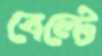
বেল্টে